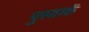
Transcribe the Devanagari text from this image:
पुस्ताकें